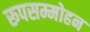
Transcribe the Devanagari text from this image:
रूपसम्मोहन